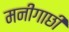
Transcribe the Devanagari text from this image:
मनीगाछी